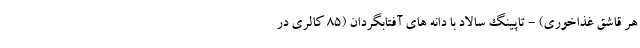
هر قاشق غذاخوری) - تاپینگ سالاد با دانه های آفتابگردان (85 کالری در